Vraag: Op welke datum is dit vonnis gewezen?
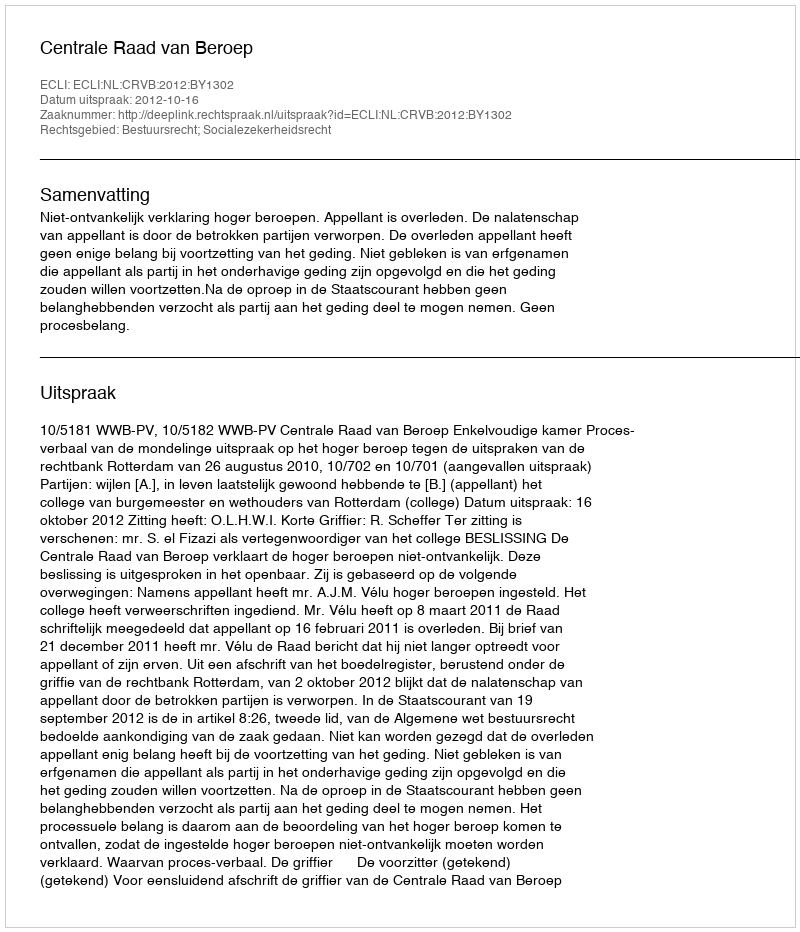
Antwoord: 2012-10-16